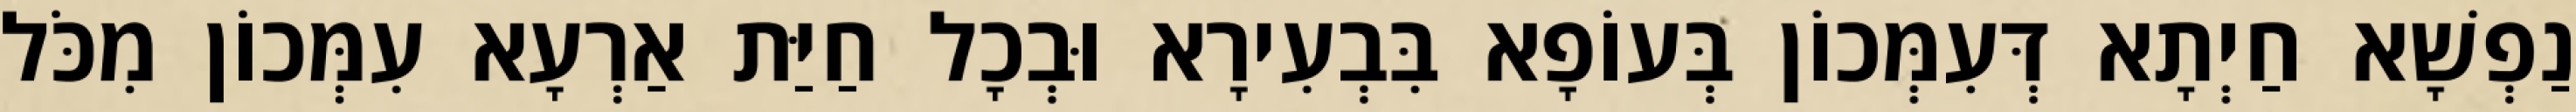
נַפְשָׁא חַיְתָא דְּעִמְּכוֹן בְּעוֹפָא בִּבְעִירָא וּבְכָל חַיַּת אַרְעָא עִמְּכוֹן מִכֹּל